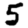
Digit: 5